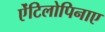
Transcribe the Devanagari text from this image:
ऐंटिलोपिनाए